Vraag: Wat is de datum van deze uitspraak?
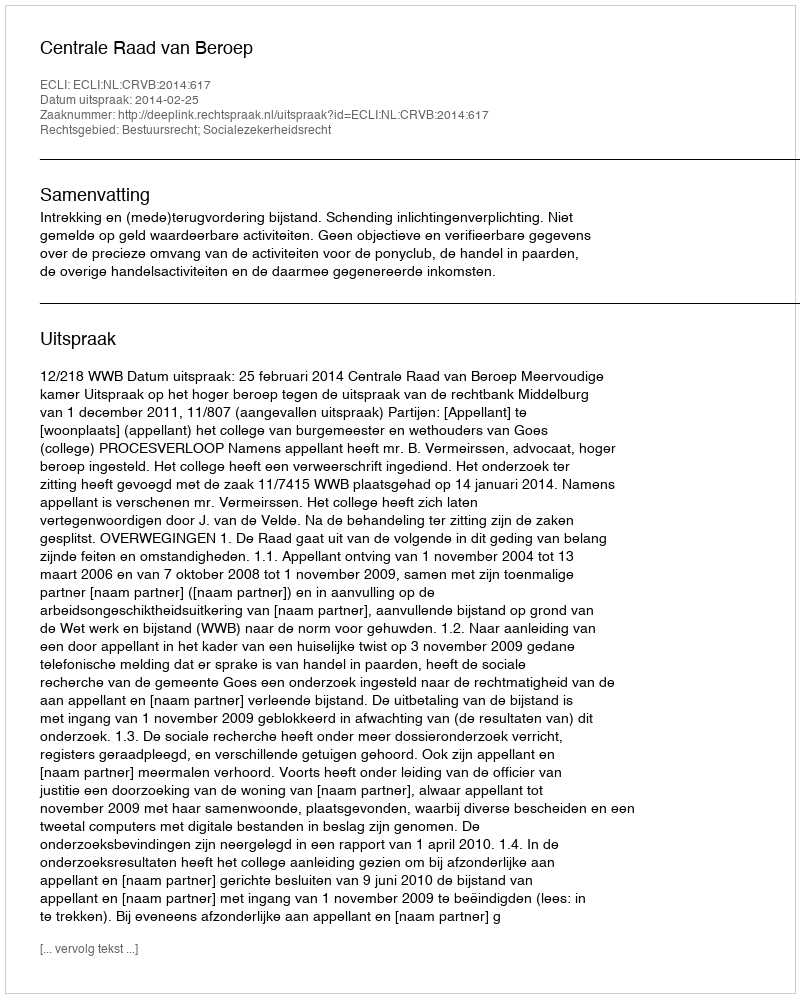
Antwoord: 2014-02-25